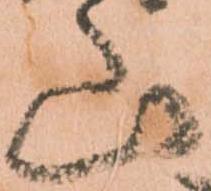
山